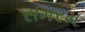
સમરમ